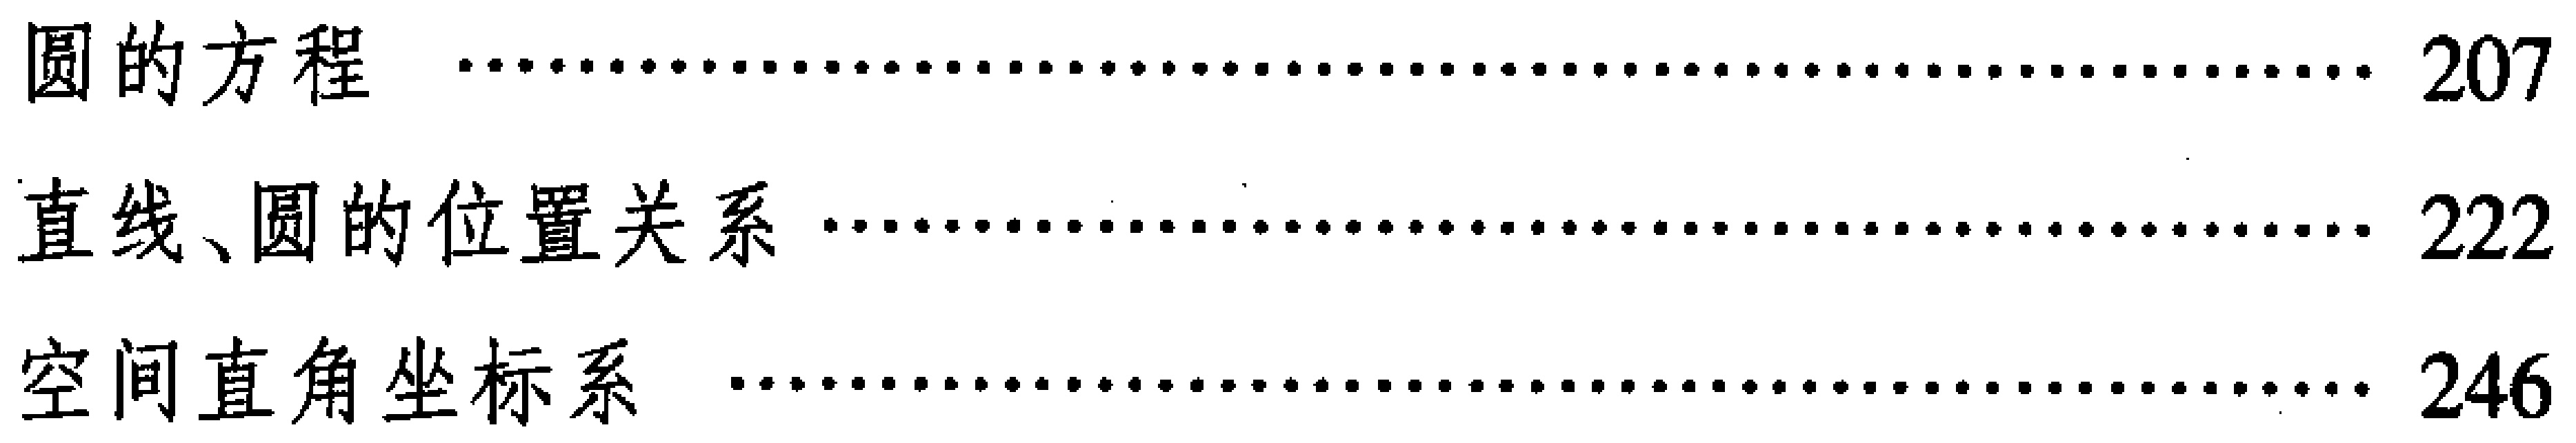
\begin{itemize}
\item 圆的方程 \hfill 207
\item 直线、圆的位置关系 \hfill 222
\item 空间直角坐标系 \hfill 246
\end{itemize}